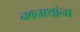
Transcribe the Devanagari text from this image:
नवनाथांना